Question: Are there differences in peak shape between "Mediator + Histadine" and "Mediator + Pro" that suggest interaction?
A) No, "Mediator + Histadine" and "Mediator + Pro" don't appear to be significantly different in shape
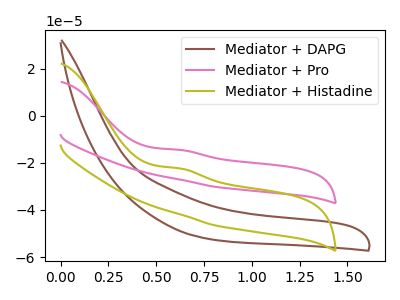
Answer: <think>The brown curve "Mediator + DAPG" has no peaks. The pink curve "Mediator + Pro" has an anodic peak at: (0.60V, -14.50uA). The olive curve "Mediator + Histadine" has an anodic peak at: (0.60V, -22.35uA).
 All the peaks in "Mediator + Histadine" have a peak in "Mediator + Pro" at the same potential. Every peak in "Mediator + Histadine" is lower than every peak in "Mediator + Pro".</think>
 <answer>A) No, "Mediator + Histadine" and "Mediator + Pro" don't appear to be significantly different in shape</answer>
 <eval>A</eval>